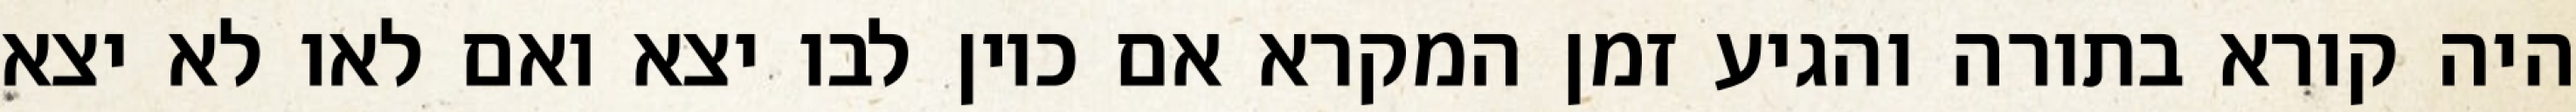
היה קורא בתורה והגיע זמן המקרא אם כיון לבו יצא ואם לאו לא יצא